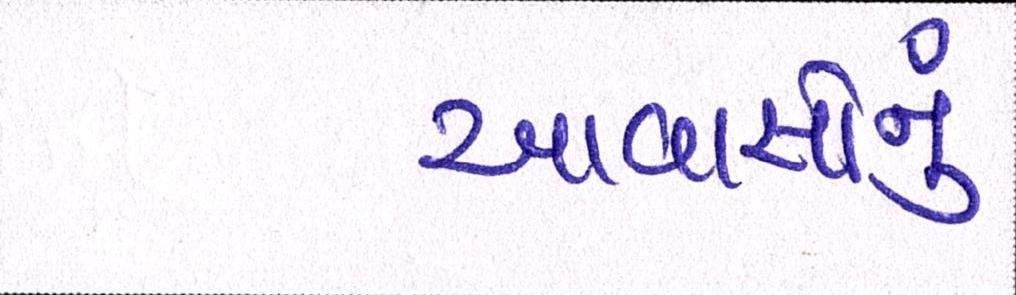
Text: આવાસોનું